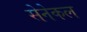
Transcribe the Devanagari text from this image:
सेनेकल